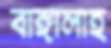
বাঙ্গালাহ